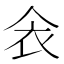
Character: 𲀥